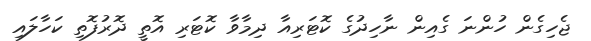
ޖެހިގެން ހުންނަ ގެއިން ނާހިދުގެ ކޮޓަރިއާ ދިމާވާ ކޮޓަރި އޮތީ ދޮރުފޮތި ކަހާލައި